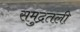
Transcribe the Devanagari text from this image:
समुद्रतली